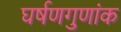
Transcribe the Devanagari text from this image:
घर्षणगुणांक